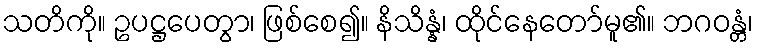
သတိကို။ ဥပဋ္ဌပေတွာ၊ ဖြစ်စေ၍။ နိသိန္နံ၊ ထိုင်နေတော်မူ၏။ ဘဂဝန္တံ၊